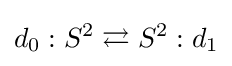
d_{0}:S^{2}\rightleftarrows S^{2}:d_{1}